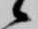
候